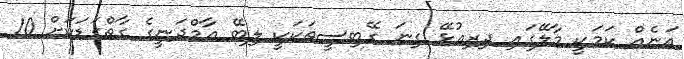
އަނެއް ކަމަކީ މާލޭގައި ދިރިއުޅޭ ގިނަ ގޭބިސީތަކަކީ ލިބޭ އާމްދަނީގެ ގާތްގަޑަކަށް 10